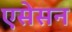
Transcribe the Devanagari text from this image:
एसेसन